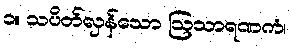
၁။ သပိတ်လှန်သော ဩသာရဏကံ၊